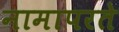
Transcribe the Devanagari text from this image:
नामापरते